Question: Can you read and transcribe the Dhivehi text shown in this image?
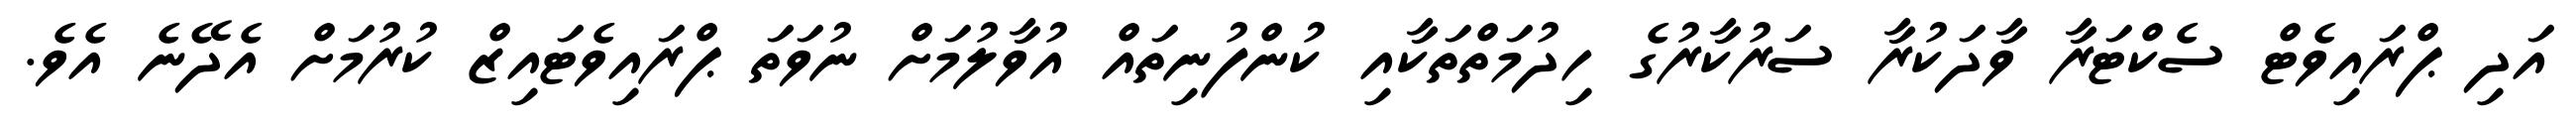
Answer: އަދި ޕްރައިވެޓް ސެކްޓަރާ ވާދަކުރާ ސަރުކާރުގެ ހިދުމަތްތަކާއި ކުންފުނިތައް އުވާލުމަށް ނުވަތަ ޕްރައިވެޓައިޒް ކުރުމަށް އެދޭނެ އެވެ.